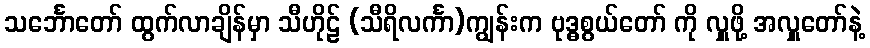
သင်္ဘောတော် ထွက်လာချိန်မှာ သီဟိုဠ် (သီရိလင်္ကာ)ကျွန်းက ဗုဒ္ဓစွယ်တော် ကို လှူဖို့ အလှူတော်နဲ့